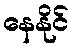
နေနိုင်